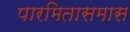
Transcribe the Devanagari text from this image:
पारमितासमास